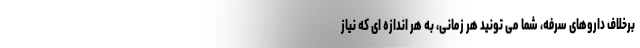
برخلاف داروهای سرفه، شما می تونید هر زمانی، به هر اندازه ای که نیاز